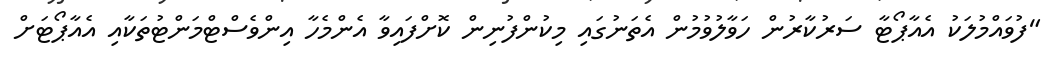
"ފުވައްމުލަކު އެއާޕޯޓާ ސަރުކާރުން ހަވާލުވުމުން އެތަނުގައި މިކުންފުނިން ކޮށްފައިވާ އެންމެހާ އިންވެސްޓްމަންޓުތަކާއި އެއާޕޯޓަށް